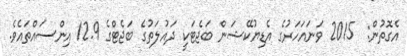
އެގޮތުން:  2015 ވަނައަހަރުގެ އެޑިޔުކޭޝަން ބަޖެޓަކީ ދައުލަތުގެ ބަޖެޓްގެ 12.9 އިންސައްތައެވެ.